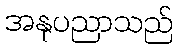
အနုပညာသည်